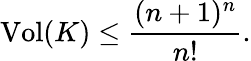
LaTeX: \operatorname{Vol}(K)\leq{\frac{(n+1)^{n}}{n!}}.